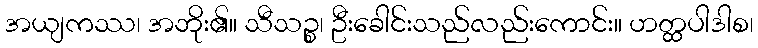
အယျကဿ၊ အဘိုး၏။ သီသဉ္စ၊ ဦးခေါင်းသည်လည်းကောင်း။ ဟတ္ထပါဒါစ၊